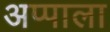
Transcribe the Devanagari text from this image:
अप्पाला